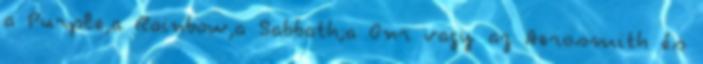
a Purple,a Rainbow,a Sabbath;a Gnr vagy az Aerosmith és